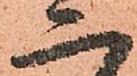
二